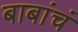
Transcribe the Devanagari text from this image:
बाबांचं